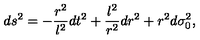
d s ^ { 2 } = - \frac { r ^ { 2 } } { l ^ { 2 } } d t ^ { 2 } + \frac { l ^ { 2 } } { r ^ { 2 } } d r ^ { 2 } + r ^ { 2 } d \sigma _ { 0 } ^ { 2 } ,